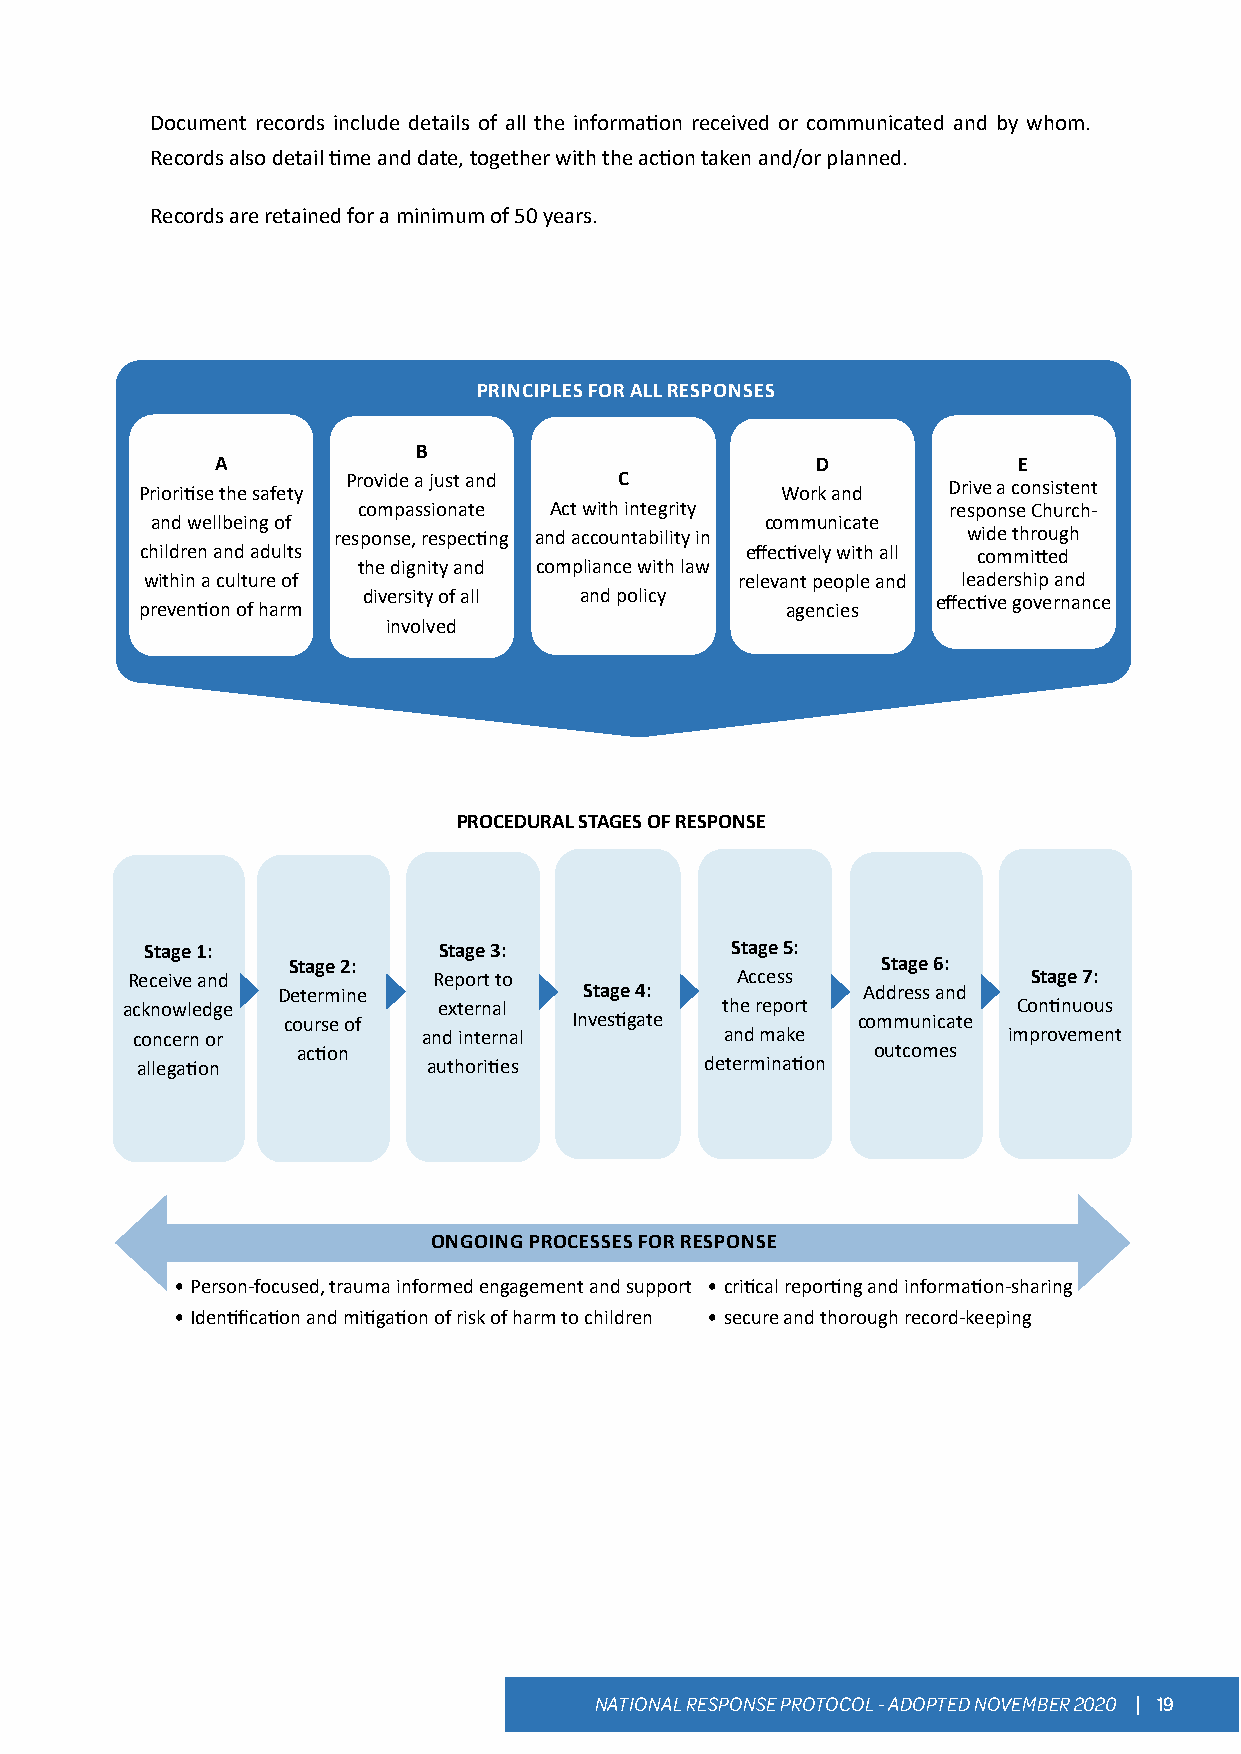
Document records include details of all the information received or communicated and by whom.
 Records also detail time and date, together with the action taken and/or planned.
 Records are retained for a minimum of 50 years.
 PRINCIPLES FOR ALL RESPONSES
 B
 A                                       D            E
 Provide a just and C
 Prioritise the safety                      Work and   Drive a consistent
 compassionate Act with integrity       response Church-
 and wellbeing of                         communicate
 response, respecting and accountability in wide through
 children and adults                     effectively with all committed
 the dignity and compliance with law
 within a culture of                    relevant people and leadership and
 diversity of all and policy           effective governance
 prevention of harm                         agencies
 involved
 PROCEDURAL STAGES OF RESPONSE
 Stage 1:           Stage 3:           Stage 5:
 Stage 2:                               Stage 6:
 Receive and          Report to           Access             Stage 7:
 Determine            Stage 4:          Address and
 acknowledge          external           the report         Continuous
 course of          Investigate        communicate
 concern or         and internal        and make           improvement
 action                                outcomes
 allegation         authorities        determination
 ONGOING PROCESSES FOR RESPONSE
 • Person-focused, trauma informed engagement and support • critical reporting and information-sharing
 • Identification and mitigation of risk of harm to children • secure and thorough record-keeping
 NATIONAL RESPONSE PROTOCOL - ADOPTED NOVEMBER 2020 | 19